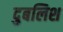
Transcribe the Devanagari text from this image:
दुबलिश